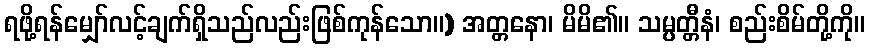
ရဖို့ရန်မျှော်လင့်ချက်ရှိသည်လည်းဖြစ်ကုန်သော။) အတ္တနော၊ မိမိ၏။ သမ္ပတ္တီနံ၊ စည်းစိမ်တို့ကို။